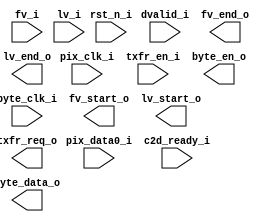
// Verilog netlist produced by program LSE 
// Netlist written on Sat Jun 19 13:59:34 2021
// Source file index table: 
// Object locations will have the form @<file_index>(<first_ line>[<left_column>],<last_line>[<right_column>])
// file 0 "c:/lscc/radiant/2.2/ip/common/adder/rtl/lscc_adder.v"
// file 1 "c:/lscc/radiant/2.2/ip/common/adder_subtractor/rtl/lscc_add_sub.v"
// file 2 "c:/lscc/radiant/2.2/ip/common/complex_mult/rtl/lscc_complex_mult.v"
// file 3 "c:/lscc/radiant/2.2/ip/common/counter/rtl/lscc_cntr.v"
// file 4 "c:/lscc/radiant/2.2/ip/common/distributed_dpram/rtl/lscc_distributed_dpram.v"
// file 5 "c:/lscc/radiant/2.2/ip/common/distributed_rom/rtl/lscc_distributed_rom.v"
// file 6 "c:/lscc/radiant/2.2/ip/common/distributed_spram/rtl/lscc_distributed_spram.v"
// file 7 "c:/lscc/radiant/2.2/ip/common/fifo/rtl/lscc_fifo.v"
// file 8 "c:/lscc/radiant/2.2/ip/common/fifo_dc/rtl/lscc_fifo_dc.v"
// file 9 "c:/lscc/radiant/2.2/ip/common/mult_accumulate/rtl/lscc_mult_accumulate.v"
// file 10 "c:/lscc/radiant/2.2/ip/common/mult_add_sub/rtl/lscc_mult_add_sub.v"
// file 11 "c:/lscc/radiant/2.2/ip/common/mult_add_sub_sum/rtl/lscc_mult_add_sub_sum.v"
// file 12 "c:/lscc/radiant/2.2/ip/common/multiplier/rtl/lscc_multiplier.v"
// file 13 "c:/lscc/radiant/2.2/ip/common/ram_dp/rtl/lscc_ram_dp.v"
// file 14 "c:/lscc/radiant/2.2/ip/common/ram_dp_true/rtl/lscc_ram_dp_true.v"
// file 15 "c:/lscc/radiant/2.2/ip/common/ram_dq/rtl/lscc_ram_dq.v"
// file 16 "c:/lscc/radiant/2.2/ip/common/ram_shift_reg/rtl/lscc_shift_register.v"
// file 17 "c:/lscc/radiant/2.2/ip/common/rom/rtl/lscc_rom.v"
// file 18 "c:/lscc/radiant/2.2/ip/common/subtractor/rtl/lscc_subtractor.v"
// file 19 "c:/lscc/radiant/2.2/ip/pmi/pmi_add.v"
// file 20 "c:/lscc/radiant/2.2/ip/pmi/pmi_addsub.v"
// file 21 "c:/lscc/radiant/2.2/ip/pmi/pmi_complex_mult.v"
// file 22 "c:/lscc/radiant/2.2/ip/pmi/pmi_counter.v"
// file 23 "c:/lscc/radiant/2.2/ip/pmi/pmi_distributed_dpram.v"
// file 24 "c:/lscc/radiant/2.2/ip/pmi/pmi_distributed_rom.v"
// file 25 "c:/lscc/radiant/2.2/ip/pmi/pmi_distributed_shift_reg.v"
// file 26 "c:/lscc/radiant/2.2/ip/pmi/pmi_distributed_spram.v"
// file 27 "c:/lscc/radiant/2.2/ip/pmi/pmi_fifo.v"
// file 28 "c:/lscc/radiant/2.2/ip/pmi/pmi_fifo_dc.v"
// file 29 "c:/lscc/radiant/2.2/ip/pmi/pmi_mac.v"
// file 30 "c:/lscc/radiant/2.2/ip/pmi/pmi_mult.v"
// file 31 "c:/lscc/radiant/2.2/ip/pmi/pmi_multaddsub.v"
// file 32 "c:/lscc/radiant/2.2/ip/pmi/pmi_multaddsubsum.v"
// file 33 "c:/lscc/radiant/2.2/ip/pmi/pmi_ram_dp.v"
// file 34 "c:/lscc/radiant/2.2/ip/pmi/pmi_ram_dp_be.v"
// file 35 "c:/lscc/radiant/2.2/ip/pmi/pmi_ram_dp_true.v"
// file 36 "c:/lscc/radiant/2.2/ip/pmi/pmi_ram_dq.v"
// file 37 "c:/lscc/radiant/2.2/ip/pmi/pmi_ram_dq_be.v"
// file 38 "c:/lscc/radiant/2.2/ip/pmi/pmi_rom.v"
// file 39 "c:/lscc/radiant/2.2/ip/pmi/pmi_sub.v"
// file 40 "c:/lscc/radiant/2.2/cae_library/simulation/verilog/lifcl/acc54.v"
// file 41 "c:/lscc/radiant/2.2/cae_library/simulation/verilog/lifcl/adc.v"
// file 42 "c:/lscc/radiant/2.2/cae_library/simulation/verilog/lifcl/alureg.v"
// file 43 "c:/lscc/radiant/2.2/cae_library/simulation/verilog/lifcl/bb_adc.v"
// file 44 "c:/lscc/radiant/2.2/cae_library/simulation/verilog/lifcl/bb_cdr.v"
// file 45 "c:/lscc/radiant/2.2/cae_library/simulation/verilog/lifcl/bb_i3c_a.v"
// file 46 "c:/lscc/radiant/2.2/cae_library/simulation/verilog/lifcl/bfd1p3kx.v"
// file 47 "c:/lscc/radiant/2.2/cae_library/simulation/verilog/lifcl/bfd1p3lx.v"
// file 48 "c:/lscc/radiant/2.2/cae_library/simulation/verilog/lifcl/bnkref18.v"
// file 49 "c:/lscc/radiant/2.2/cae_library/simulation/verilog/lifcl/config_ip.v"
// file 50 "c:/lscc/radiant/2.2/cae_library/simulation/verilog/lifcl/config_lmmi.v"
// file 51 "c:/lscc/radiant/2.2/cae_library/simulation/verilog/lifcl/ddrdll.v"
// file 52 "c:/lscc/radiant/2.2/cae_library/simulation/verilog/lifcl/diffio18.v"
// file 53 "c:/lscc/radiant/2.2/cae_library/simulation/verilog/lifcl/dlldel.v"
// file 54 "c:/lscc/radiant/2.2/cae_library/simulation/verilog/lifcl/dp16k.v"
// file 55 "c:/lscc/radiant/2.2/cae_library/simulation/verilog/lifcl/dphy.v"
// file 56 "c:/lscc/radiant/2.2/cae_library/simulation/verilog/lifcl/dpsc512k.v"
// file 57 "c:/lscc/radiant/2.2/cae_library/simulation/verilog/lifcl/dqsbuf.v"
// file 58 "c:/lscc/radiant/2.2/cae_library/simulation/verilog/lifcl/ebr.v"
// file 59 "c:/lscc/radiant/2.2/cae_library/simulation/verilog/lifcl/eclkdiv.v"
// file 60 "c:/lscc/radiant/2.2/cae_library/simulation/verilog/lifcl/eclksync.v"
// file 61 "c:/lscc/radiant/2.2/cae_library/simulation/verilog/lifcl/fbmux.v"
// file 62 "c:/lscc/radiant/2.2/cae_library/simulation/verilog/lifcl/fifo16k.v"
// file 63 "c:/lscc/radiant/2.2/cae_library/simulation/verilog/lifcl/i2cfifo.v"
// file 64 "c:/lscc/radiant/2.2/cae_library/simulation/verilog/lifcl/ifd1p3bx.v"
// file 65 "c:/lscc/radiant/2.2/cae_library/simulation/verilog/lifcl/ifd1p3dx.v"
// file 66 "c:/lscc/radiant/2.2/cae_library/simulation/verilog/lifcl/ifd1p3ix.v"
// file 67 "c:/lscc/radiant/2.2/cae_library/simulation/verilog/lifcl/ifd1p3jx.v"
// file 68 "c:/lscc/radiant/2.2/cae_library/simulation/verilog/lifcl/iologic.v"
// file 69 "c:/lscc/radiant/2.2/cae_library/simulation/verilog/lifcl/jtag.v"
// file 70 "c:/lscc/radiant/2.2/cae_library/simulation/verilog/lifcl/lram.v"
// file 71 "c:/lscc/radiant/2.2/cae_library/simulation/verilog/lifcl/m18x36.v"
// file 72 "c:/lscc/radiant/2.2/cae_library/simulation/verilog/lifcl/mipi.v"
// file 73 "c:/lscc/radiant/2.2/cae_library/simulation/verilog/lifcl/mult18.v"
// file 74 "c:/lscc/radiant/2.2/cae_library/simulation/verilog/lifcl/mult18x18.v"
// file 75 "c:/lscc/radiant/2.2/cae_library/simulation/verilog/lifcl/mult18x36.v"
// file 76 "c:/lscc/radiant/2.2/cae_library/simulation/verilog/lifcl/mult36.v"
// file 77 "c:/lscc/radiant/2.2/cae_library/simulation/verilog/lifcl/mult36x36.v"
// file 78 "c:/lscc/radiant/2.2/cae_library/simulation/verilog/lifcl/mult9.v"
// file 79 "c:/lscc/radiant/2.2/cae_library/simulation/verilog/lifcl/mult9x9.v"
// file 80 "c:/lscc/radiant/2.2/cae_library/simulation/verilog/lifcl/multaddsub18x18.v"
// file 81 "c:/lscc/radiant/2.2/cae_library/simulation/verilog/lifcl/multaddsub18x18wide.v"
// file 82 "c:/lscc/radiant/2.2/cae_library/simulation/verilog/lifcl/multaddsub18x36.v"
// file 83 "c:/lscc/radiant/2.2/cae_library/simulation/verilog/lifcl/multaddsub36x36.v"
// file 84 "c:/lscc/radiant/2.2/cae_library/simulation/verilog/lifcl/multaddsub9x9wide.v"
// file 85 "c:/lscc/radiant/2.2/cae_library/simulation/verilog/lifcl/multiboot.v"
// file 86 "c:/lscc/radiant/2.2/cae_library/simulation/verilog/lifcl/multpreadd18x18.v"
// file 87 "c:/lscc/radiant/2.2/cae_library/simulation/verilog/lifcl/multpreadd9x9.v"
// file 88 "c:/lscc/radiant/2.2/cae_library/simulation/verilog/lifcl/ofd1p3bx.v"
// file 89 "c:/lscc/radiant/2.2/cae_library/simulation/verilog/lifcl/ofd1p3dx.v"
// file 90 "c:/lscc/radiant/2.2/cae_library/simulation/verilog/lifcl/ofd1p3ix.v"
// file 91 "c:/lscc/radiant/2.2/cae_library/simulation/verilog/lifcl/ofd1p3jx.v"
// file 92 "c:/lscc/radiant/2.2/cae_library/simulation/verilog/lifcl/osc.v"
// file 93 "c:/lscc/radiant/2.2/cae_library/simulation/verilog/lifcl/osca.v"
// file 94 "c:/lscc/radiant/2.2/cae_library/simulation/verilog/lifcl/pcie.v"
// file 95 "c:/lscc/radiant/2.2/cae_library/simulation/verilog/lifcl/pdp16k.v"
// file 96 "c:/lscc/radiant/2.2/cae_library/simulation/verilog/lifcl/pdpsc16k.v"
// file 97 "c:/lscc/radiant/2.2/cae_library/simulation/verilog/lifcl/pdpsc512k.v"
// file 98 "c:/lscc/radiant/2.2/cae_library/simulation/verilog/lifcl/pll.v"
// file 99 "c:/lscc/radiant/2.2/cae_library/simulation/verilog/lifcl/pmu.v"
// file 100 "c:/lscc/radiant/2.2/cae_library/simulation/verilog/lifcl/preadd9.v"
// file 101 "c:/lscc/radiant/2.2/cae_library/simulation/verilog/lifcl/refmux.v"
// file 102 "c:/lscc/radiant/2.2/cae_library/simulation/verilog/lifcl/reg18.v"
// file 103 "c:/lscc/radiant/2.2/cae_library/simulation/verilog/lifcl/sedc.v"
// file 104 "c:/lscc/radiant/2.2/cae_library/simulation/verilog/lifcl/seio18.v"
// file 105 "c:/lscc/radiant/2.2/cae_library/simulation/verilog/lifcl/seio33.v"
// file 106 "c:/lscc/radiant/2.2/cae_library/simulation/verilog/lifcl/sgmiicdr.v"
// file 107 "c:/lscc/radiant/2.2/cae_library/simulation/verilog/lifcl/siologic.v"
// file 108 "c:/lscc/radiant/2.2/cae_library/simulation/verilog/lifcl/sp16k.v"
// file 109 "c:/lscc/radiant/2.2/cae_library/simulation/verilog/lifcl/sp512k.v"
// file 110 "c:/lscc/radiant/2.2/cae_library/simulation/verilog/lifcl/tsall.v"
// file 111 "c:/lscc/radiant/2.2/cae_library/simulation/verilog/lifcl/wdt.v"
// file 112 "c:/lscc/radiant/2.2/cae_library/simulation/verilog/uaplatform/dpr16x4.v"
// file 113 "c:/lscc/radiant/2.2/cae_library/simulation/verilog/uaplatform/fd1p3bx.v"
// file 114 "c:/lscc/radiant/2.2/cae_library/simulation/verilog/uaplatform/fd1p3dx.v"
// file 115 "c:/lscc/radiant/2.2/cae_library/simulation/verilog/uaplatform/fd1p3ix.v"
// file 116 "c:/lscc/radiant/2.2/cae_library/simulation/verilog/uaplatform/fd1p3jx.v"
// file 117 "c:/lscc/radiant/2.2/cae_library/simulation/verilog/uaplatform/fl1p3az.v"
// file 118 "c:/lscc/radiant/2.2/cae_library/simulation/verilog/uaplatform/gsr.v"
// file 119 "c:/lscc/radiant/2.2/cae_library/simulation/verilog/uaplatform/ib.v"
// file 120 "c:/lscc/radiant/2.2/cae_library/simulation/verilog/uaplatform/ob.v"
// file 121 "c:/lscc/radiant/2.2/cae_library/simulation/verilog/uaplatform/obz.v"
// file 122 "c:/lscc/radiant/2.2/cae_library/simulation/verilog/uaplatform/pclkdivsp.v"
// file 123 "c:/lscc/radiant/2.2/cae_library/simulation/verilog/uaplatform/spr16x4.v"
// file 124 "c:/lscc/radiant/2.2/cae_library/simulation/verilog/uaplatform/widefn9.v"

//
// Verilog Description of module p2b
//

module p2b (rst_n_i, pix_clk_i, byte_clk_i, fv_i, lv_i, dvalid_i, 
            pix_data0_i, c2d_ready_i, txfr_en_i, fv_start_o, fv_end_o, 
            lv_start_o, lv_end_o, txfr_req_o, byte_en_o, byte_data_o);
    input rst_n_i;
    input pix_clk_i;
    input byte_clk_i;
    input fv_i;
    input lv_i;
    input dvalid_i;
    input [7:0]pix_data0_i;
    input c2d_ready_i;
    input txfr_en_i;
    output fv_start_o;
    output fv_end_o;
    output lv_start_o;
    output lv_end_o;
    output txfr_req_o;
    output byte_en_o;
    output [7:0]byte_data_o;
    
    
    
endmodule